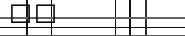
٢٦